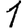
Digit: 1